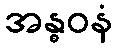
အန္ဓဝနံ